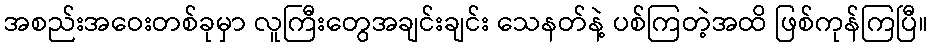
အစည်းအဝေးတစ်ခုမှာ လူကြီးတွေအချင်းချင်း သေနတ်နဲ့ ပစ်ကြတဲ့အထိ ဖြစ်ကုန်ကြပြီ။